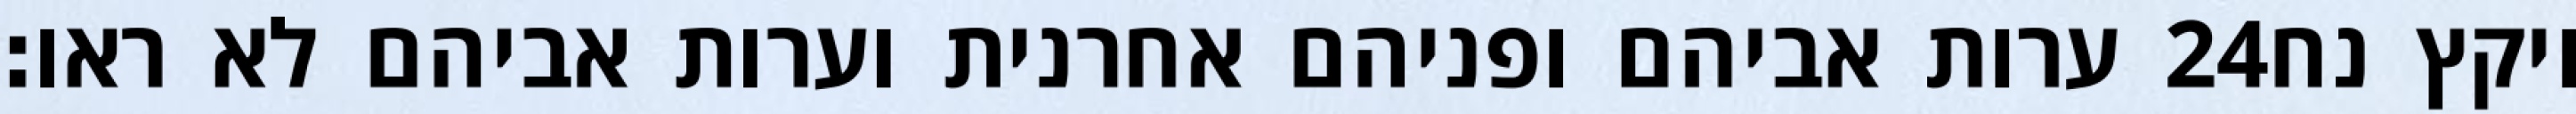
ערות אביהם ופניהם אחרנית וערות אביהם לא ראו׃ ‎24‏ ויקץ נח